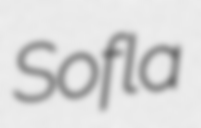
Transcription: Sofla